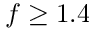
f \geq 1 . 4